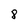
Character: 8